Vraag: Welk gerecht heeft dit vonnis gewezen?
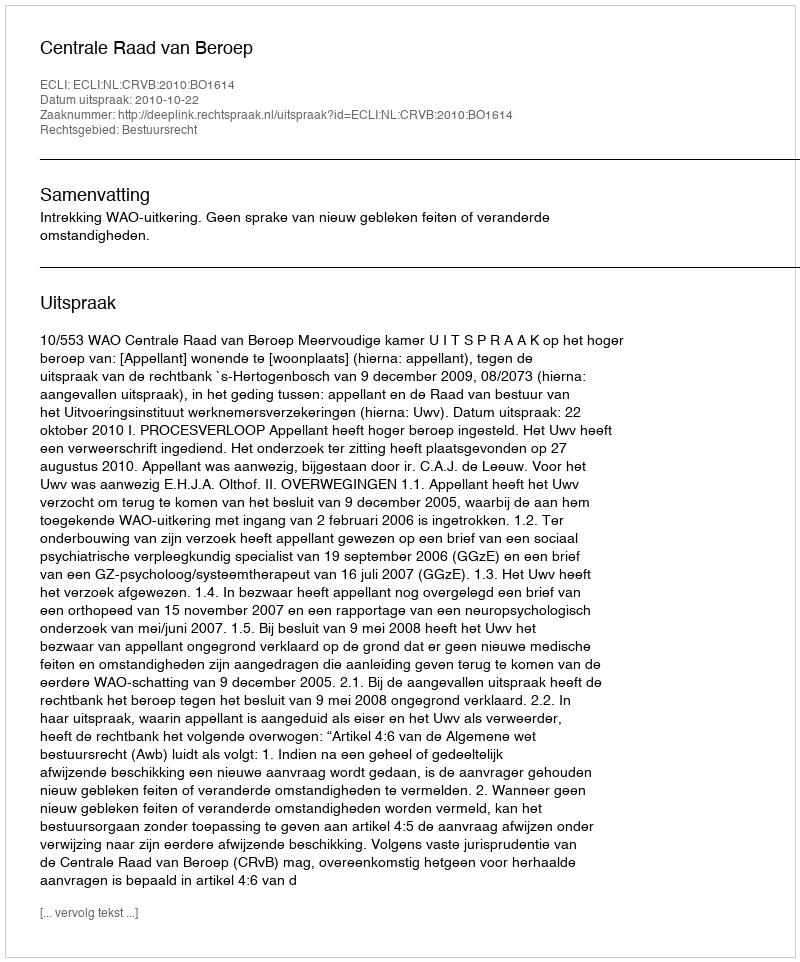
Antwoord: Centrale Raad van Beroep